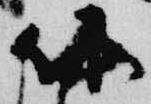
以